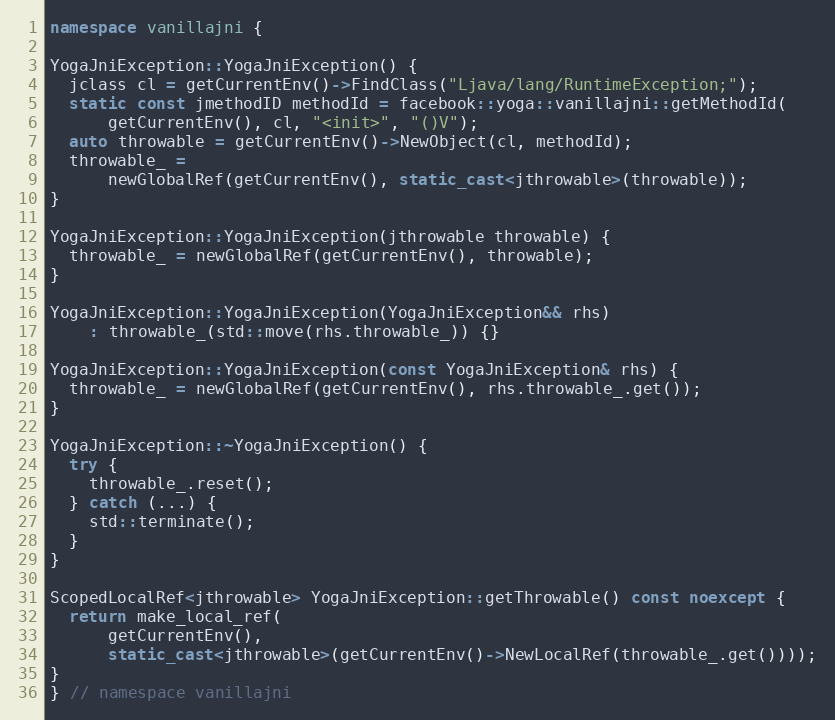
Language: C++
namespace vanillajni {

YogaJniException::YogaJniException() {
  jclass cl = getCurrentEnv()->FindClass("Ljava/lang/RuntimeException;");
  static const jmethodID methodId = facebook::yoga::vanillajni::getMethodId(
      getCurrentEnv(), cl, "<init>", "()V");
  auto throwable = getCurrentEnv()->NewObject(cl, methodId);
  throwable_ =
      newGlobalRef(getCurrentEnv(), static_cast<jthrowable>(throwable));
}

YogaJniException::YogaJniException(jthrowable throwable) {
  throwable_ = newGlobalRef(getCurrentEnv(), throwable);
}

YogaJniException::YogaJniException(YogaJniException&& rhs)
    : throwable_(std::move(rhs.throwable_)) {}

YogaJniException::YogaJniException(const YogaJniException& rhs) {
  throwable_ = newGlobalRef(getCurrentEnv(), rhs.throwable_.get());
}

YogaJniException::~YogaJniException() {
  try {
    throwable_.reset();
  } catch (...) {
    std::terminate();
  }
}

ScopedLocalRef<jthrowable> YogaJniException::getThrowable() const noexcept {
  return make_local_ref(
      getCurrentEnv(),
      static_cast<jthrowable>(getCurrentEnv()->NewLocalRef(throwable_.get())));
}
} // namespace vanillajni